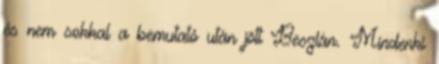
és nem sokkal a bemutató után jött Beszlán. Mindenki